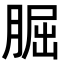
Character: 𦜇